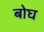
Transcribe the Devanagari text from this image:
बोघ